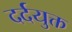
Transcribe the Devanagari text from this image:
दर्दयुक्त